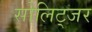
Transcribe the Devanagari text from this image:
सोलिट्जर